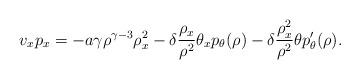
LaTeX: \begin{align*}v_x p_x = -a\gamma \rho^{\gamma-3}\rho_x^2 - \delta\frac{\rho_x}{\rho^2}\theta_xp_\theta(\rho)-\delta\frac{\rho_x^2}{\rho^2}\theta p_\theta'(\rho).\end{align*}